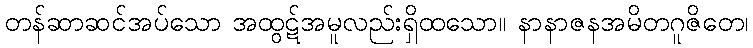
တန်ဆာဆင်အပ်သော အထွဋ်အမူလည်းရှိထသော။ နာနာဇနအမိတဂူဇိတေ၊